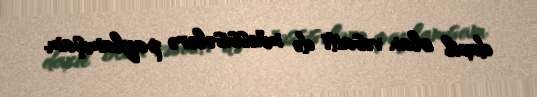
daxil olan vəsaiti də müəssisələrə paylamışam.